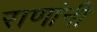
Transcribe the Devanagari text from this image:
राणांनी